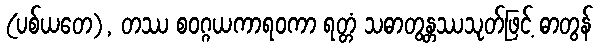
(ပစ်ယတေ), တဿ စဝဂ္ဂယကာရဝကာ ရတ္တံ သဓာတွန္တဿသုတ်ဖြင့် ဓာတွန်